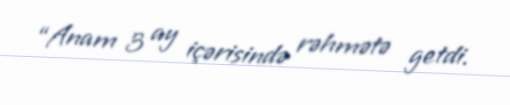
“Anam 3 ay içərisində rəhmətə getdi.